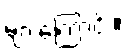
များကြောင်း။